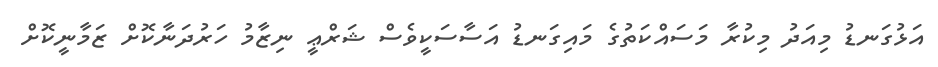
އަޅުގަނޑު މިއަދު މިކުރާ މަސައްކަތުގެ މައިގަނޑު އަސާސަކީވެސް ޝަރްޢީ ނިޒާމު ހަރުދަނާކޮށް ޒަމާނީކޮށް